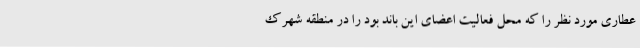
عطاری مورد نظر را که محل فعالیت اعضای این باند بود را در منطقه شهرک